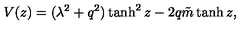
V ( z ) = ( \lambda ^ { 2 } + q ^ { 2 } ) \tanh ^ { 2 } z - 2 q { \tilde { m } } \tanh z ,